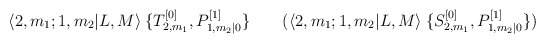
\begin{align*}\langle 2,m_1 ; 1,m_2 | L,M \rangle \: \{ T^{[0]}_{2,m_1} , P^{[1]}_{1,m_2 | 0} \} \qquad ( \langle 2,m_1 ; 1,m_2 | L,M \rangle \: \{ S^{[0]}_{2,m_1} , P^{[1]}_{1,m_2 | 0} \} )\end{align*}